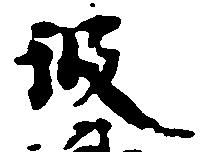
彼